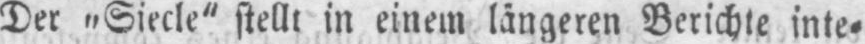
Der „Siecle“ stellt in einem längeren Berichte inte⸗